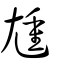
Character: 尰